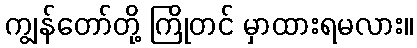
ကျွန်တော်တို့ ကြိုတင် မှာထားရမလား။